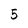
Character: 5